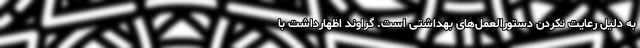
به دلیل رعایت نکردن دستورالعمل‌های بهداشتی است. گراوند اظهارداشت با